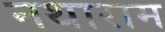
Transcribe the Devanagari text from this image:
नथाराम